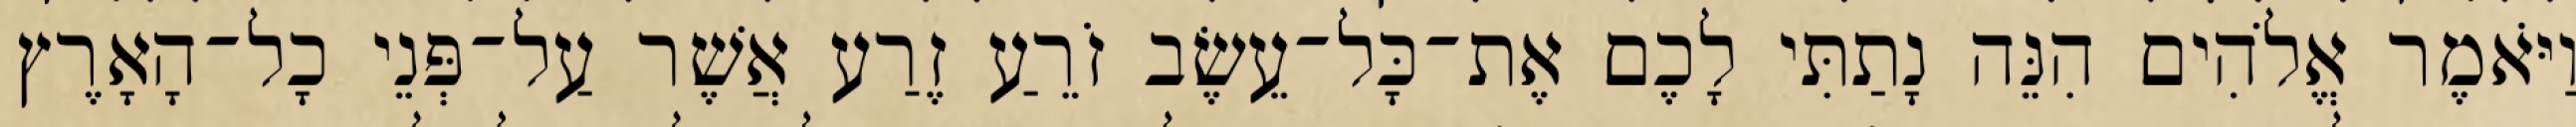
וַיֹּאמֶר אֱלֹהִים הִנֵּה נָתַתִּי לָכֶם אֶת־כָּל־עֵשֶׂב זֹרֵעַ זֶרַע אֲשֶׁר עַל־פְּנֵי כָל־הָאָרֶץ